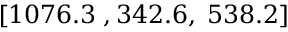
[ 1 0 7 6 . 3 \; , 3 4 2 . 6 , \; 5 3 8 . 2 ]